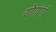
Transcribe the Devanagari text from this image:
योगांगों